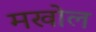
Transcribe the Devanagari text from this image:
मखोल